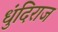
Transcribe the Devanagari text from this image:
धुंदिराज